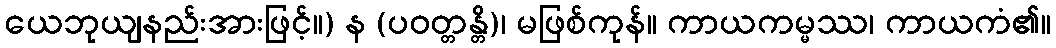
ယေဘုယျနည်းအားဖြင့်။) န (ပဝတ္တန္တိ)၊ မဖြစ်ကုန်။ ကာယကမ္မဿ၊ ကာယကံ၏။